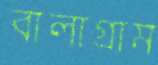
বালাগ্রাম